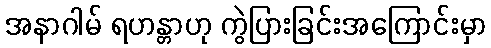
အနာဂါမ် ရဟန္တာဟု ကွဲပြားခြင်းအကြောင်းမှာ